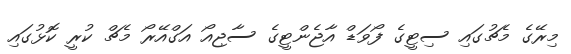
މިރޭގެ މެޗުގައި ސިޓީގެ ފޯވަޑް އާޖެންޓީގެ ސާޖިއޯ އަގްއޭރޯ މެޗް ކުރީ ކޮޅުގައި